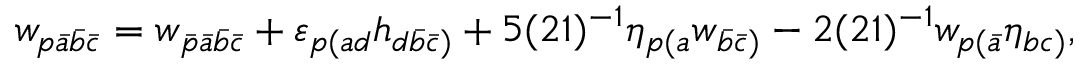
w _ { p \bar { a } \bar { b } \bar { c } } = w _ { \bar { p } \bar { a } \bar { b } \bar { c } } + \varepsilon _ { p ( a d } h _ { d \bar { b } \bar { c } ) } + 5 ( 2 1 ) ^ { - 1 } \eta _ { p ( a } w _ { \bar { b } \bar { c } ) } - 2 ( 2 1 ) ^ { - 1 } w _ { p ( \bar { a } } \eta _ { b c ) } ,